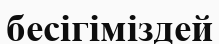
бесігіміздей